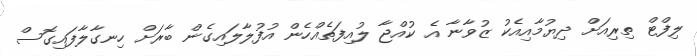
ލިފްޓް ތިރިއަށް ދިޔުމާއިއެކު ޒުވާނާ އެ ކުއްޖާ ލުއިފަތެއްހެން އުފުލާލައިގެން ބާރަށް ހިނގާލާފައިގޮސް